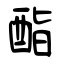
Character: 酯